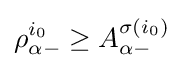
\rho _{\alpha -}^{i_{0}}\geq A_{\alpha -}^{\sigma (i_{0})}